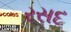
રસદ